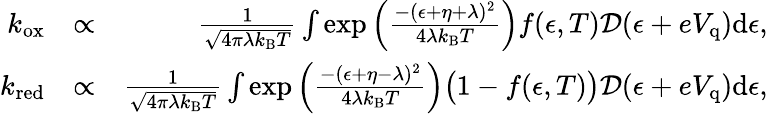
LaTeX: \begin{array}{rlr}{k_{\mathrm{ox}}}&{\propto}&{\frac{1}{\sqrt{4\pi\lambda k_{\mathrm{B}}T}}\int\exp\left({\frac{-(\epsilon+\eta+\lambda)^{2}}{4\lambda k_{\mathrm{B}}T}}\right)f(\epsilon,T)\mathcal{D}(\epsilon+eV_{\mathrm{q}})\mathrm{d}\epsilon,}\\ {k_{\mathrm{red}}}&{\propto}&{\frac{1}{\sqrt{4\pi\lambda k_{\mathrm{B}}T}}\int\exp\left({\frac{-(\epsilon+\eta-\lambda)^{2}}{4\lambda k_{\mathrm{B}}T}}\right)\big(1-f(\epsilon,T)\big)\mathcal{D}(\epsilon+eV_{\mathrm{q}})\mathrm{d}\epsilon,}\end{array}